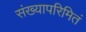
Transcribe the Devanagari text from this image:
संख्यापरिमितं